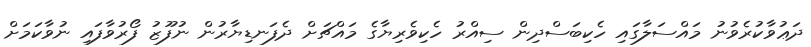
ދަޢުވާކުރެވުނު މައްސަލާގައި ހެކިބަސްދިން ސިއްރު ހެކިވެރިޔާގެ މައްޗަށް ދެފަނޑިޔާރުން ނުފޫޒު ފޯރުވާފައި ނުވާކަމަށް